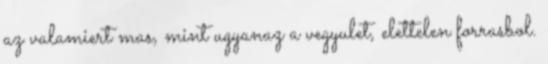
az valamiert mas, mint ugyanaz a vegyulet, elettelen forrasbol.